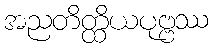
အညတိတ္ထိယပုဗ္ဗဿ